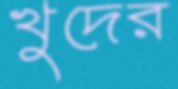
খুদের